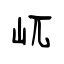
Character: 屼